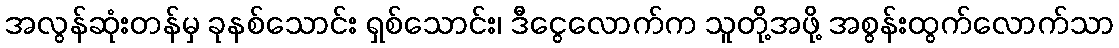
အလွန်ဆုံးတန်မှ ခုနစ်သောင်း ရှစ်သောင်း၊ ဒီငွေလောက်က သူတို့အဖို့ အစွန်းထွက်လောက်သာ